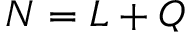
N = L + Q